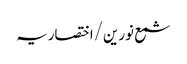
شمع نورین/اختصاریہ